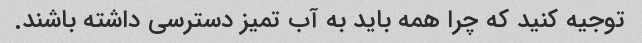
توجیه کنید که چرا همه باید به آب تمیز دسترسی داشته باشند.